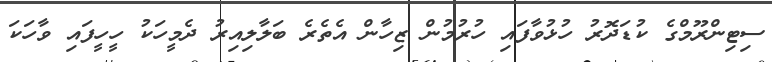
ސިޓިންރޫމްގެ ކުޑަދޮރު ހުޅުވާފައި ހުރުމުން ޒިހާން އެތެރެ ބަލާލިއިރު ދެމީހަކު ހީހީފައި ވާހަކަ